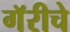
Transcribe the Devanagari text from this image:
गॅरीचे